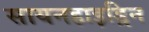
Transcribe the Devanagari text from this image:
सायनहाइड्रिन